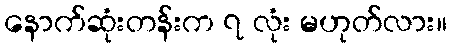
နောက်ဆုံးတန်းက ၇ လုံး မဟုတ်လား။